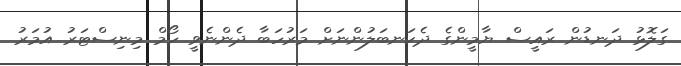
ގަލޮޅު ދަނޑުން ރައީސް ޔާމީންގެ ދެކަނބަލުންނަށް މަރުހަބާ ދެންނެވީ ހޯމް މިނިސްޓަރު އުމަރު